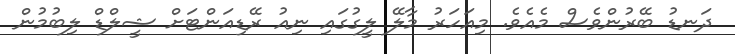
ދަނޑު ބޭރުންވެސް މެއެވެ. މިއަހަރު މާލޭ ލީގުގައި ނިއު ރޭޑިއަންޓަށް ޝީލްޑް ލިބުމުން